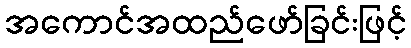
အကောင်အထည်ဖော်ခြင်းဖြင့်